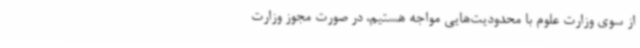
از سوی وزارت علوم با محدودیت‌هایی مواجه هستیم، در صورت مجوز وزارت